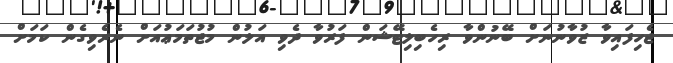
ޖެހިފައިވާ ޒުވާނުނަށް ބޭނުންވާ ރިހެބިލިޓޭޝަން ފަރުވާ ދެވި އަލުން މުޖުތަމަޢުއަށް ނެރެވިގެން ކަމަށް